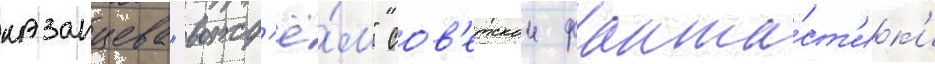
казанцева "вожд'ё́м" сов'етскои фанта́ст'ик'и